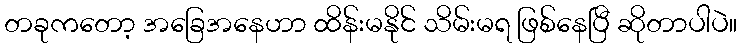
တခုကတော့ အခြေအနေဟာ ထိန်းမနိုင် သိမ်းမရ ဖြစ်နေပြီ ဆိုတာပါပဲ။